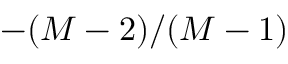
- ( M - 2 ) / ( M - 1 )